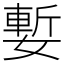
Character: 㜞